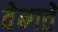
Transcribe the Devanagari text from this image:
वेब्गते